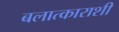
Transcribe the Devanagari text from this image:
बलात्काराशी